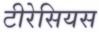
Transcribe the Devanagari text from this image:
टीरेसियस